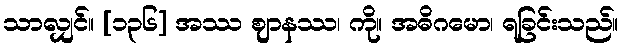
သာလျှင်။ [၁၃၆] အဿ ဈာနဿ၊ ကို။ အဓိဂမော၊ ရခြင်းသည်။